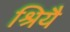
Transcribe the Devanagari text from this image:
श्रियै